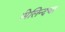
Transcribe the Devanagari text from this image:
मिलिन्दचा